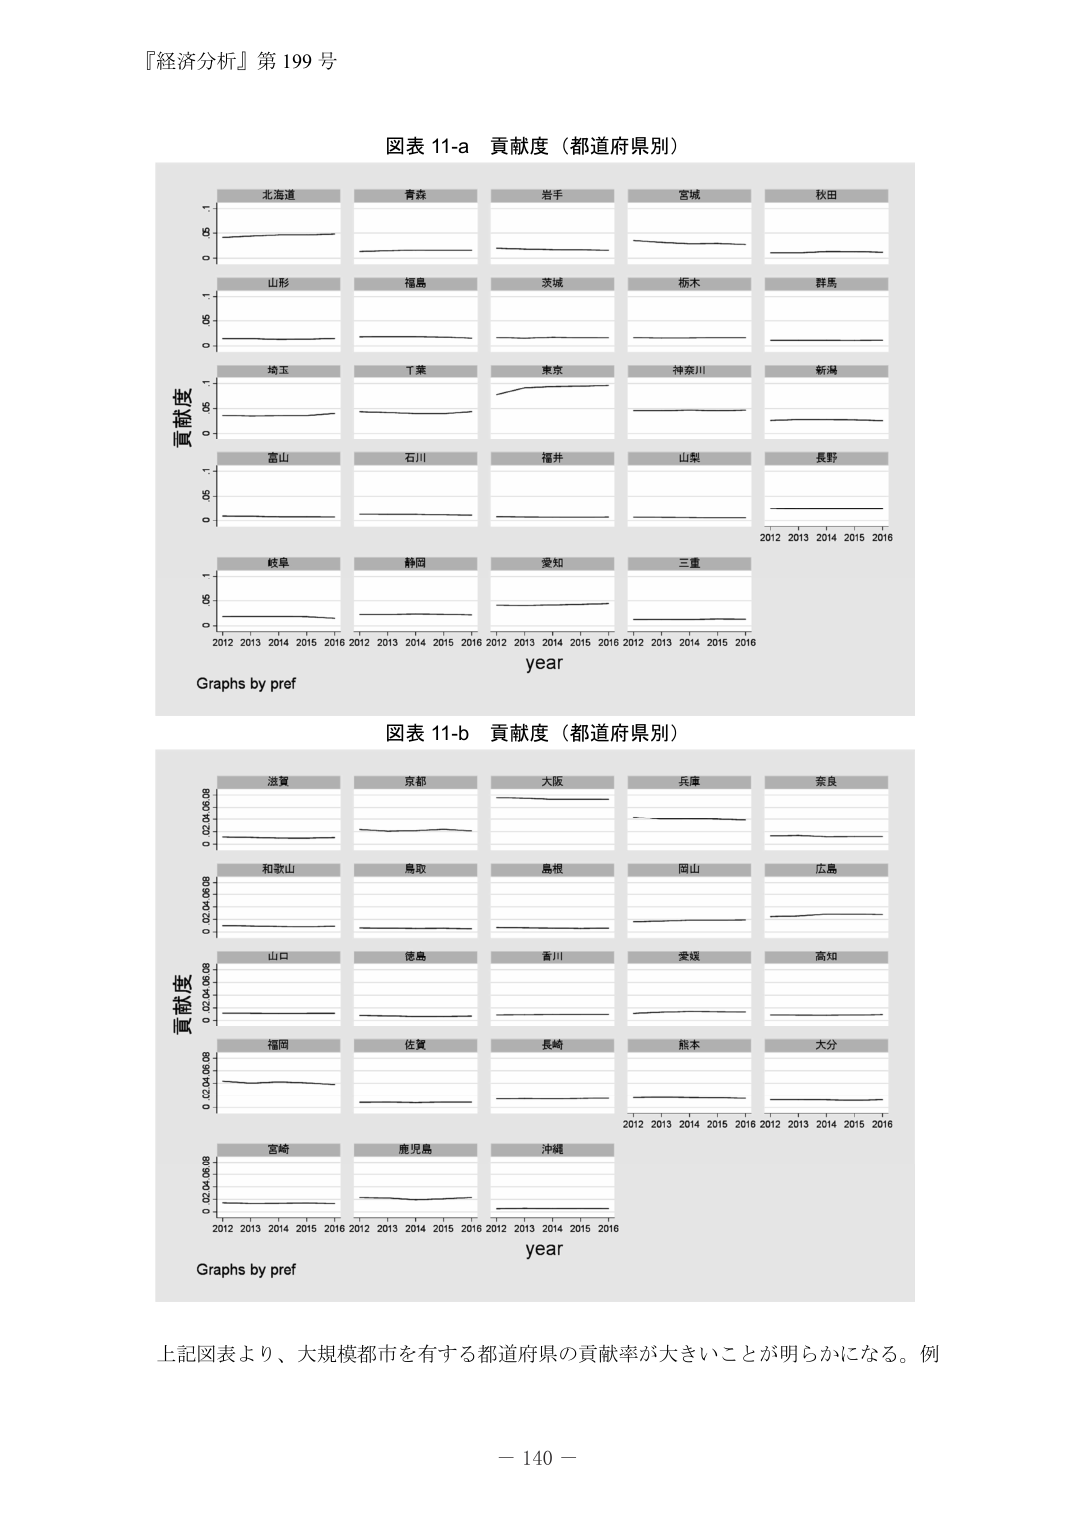
『経済分析』第 199 号

図表 11-a 貢献度（都道府県別）

北海道 青森 岩手 宮城 秋田
山形 福島 茨城 栃木 群馬
埼玉 千葉 東京 神奈川 新潟
富山 石川 福井 山梨 長野
岐阜 静岡 愛知 三重

貢献度

2012 2013 2014 2015 2016
year

Graphs by pref

図表 11-b 貢献度（都道府県別）

滋賀 京都 大阪 兵庫 奈良
和歌山 鳥取 島根 岡山 広島
山口 徳島 香川 愛媛 高知
福岡 佐賀 長崎 熊本 大分
宮崎 鹿児島 沖縄

貢献度

2012 2013 2014 2015 2016
year

Graphs by pref

上記図表より、大規模都市を有する都道府県の貢献率が大きいことが明らかになる。例

－ 140 －